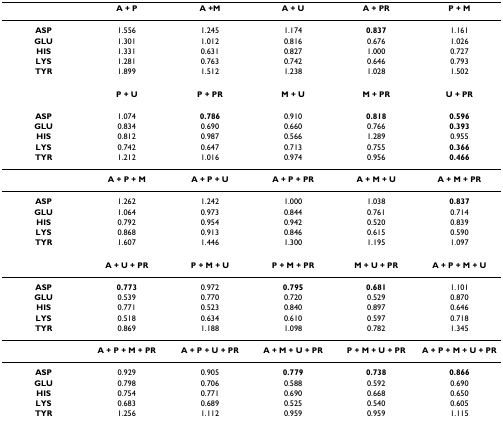
<table><thead><tr><td></td><td><b>A + P</b></td><td><b>A +M</b></td><td><b>A + U</b></td><td><b>A + PR</b></td><td><b>P + M</b></td></tr></thead><tbody><tr><td><b>ASP</b></td><td>1.556</td><td>1.245</td><td>1.174</td><td><b>0.837</b></td><td>1.161</td></tr><tr><td><b>GLU</b></td><td>1.301</td><td>1.012</td><td>0.816</td><td>0.676</td><td>1.026</td></tr><tr><td><b>HIS</b></td><td>1.331</td><td>0.631</td><td>0.827</td><td>1.000</td><td>0.727</td></tr><tr><td><b>LYS</b></td><td>1.281</td><td>0.763</td><td>0.742</td><td>0.646</td><td>0.793</td></tr><tr><td><b>TYR</b></td><td>1.899</td><td>1.512</td><td>1.238</td><td>1.028</td><td>1.502</td></tr><tr><td></td><td><b>P + U</b></td><td><b>P + PR</b></td><td><b>M + U</b></td><td><b>M + PR</b></td><td><b>U + PR</b></td></tr><tr><td><b>ASP</b></td><td>1.074</td><td><b>0.786</b></td><td>0.910</td><td><b>0.818</b></td><td><b>0.596</b></td></tr><tr><td><b>GLU</b></td><td>0.834</td><td>0.690</td><td>0.660</td><td>0.766</td><td><b>0.393</b></td></tr><tr><td><b>HIS</b></td><td>0.812</td><td>0.987</td><td>0.566</td><td>1.289</td><td>0.955</td></tr><tr><td><b>LYS</b></td><td>0.742</td><td>0.647</td><td>0.713</td><td>0.755</td><td><b>0.366</b></td></tr><tr><td><b>TYR</b></td><td>1.212</td><td>1.016</td><td>0.974</td><td>0.956</td><td><b>0.466</b></td></tr><tr><td></td><td><b>A + P + M</b></td><td><b>A + P + U</b></td><td><b>A + P + PR</b></td><td><b>A + M + U</b></td><td><b>A + M + PR</b></td></tr><tr><td><b>ASP</b></td><td>1.262</td><td>1.242</td><td>1.000</td><td>1.038</td><td><b>0.837</b></td></tr><tr><td><b>GLU</b></td><td>1.064</td><td>0.973</td><td>0.844</td><td>0.761</td><td>0.714</td></tr><tr><td><b>HIS</b></td><td>0.792</td><td>0.954</td><td>0.942</td><td>0.520</td><td>0.839</td></tr><tr><td><b>LYS</b></td><td>0.868</td><td>0.913</td><td>0.846</td><td>0.615</td><td>0.590</td></tr><tr><td><b>TYR</b></td><td>1.607</td><td>1.446</td><td>1.300</td><td>1.195</td><td>1.097</td></tr><tr><td></td><td><b>A + U + PR</b></td><td><b>P + M + U</b></td><td><b>P + M + PR</b></td><td><b>M + U + PR</b></td><td><b>A + P + M + U</b></td></tr><tr><td><b>ASP</b></td><td><b>0.773</b></td><td>0.972</td><td><b>0.795</b></td><td><b>0.681</b></td><td>1.101</td></tr><tr><td><b>GLU</b></td><td>0.539</td><td>0.770</td><td>0.720</td><td>0.529</td><td>0.870</td></tr><tr><td><b>HIS</b></td><td>0.771</td><td>0.523</td><td>0.840</td><td>0.897</td><td>0.646</td></tr><tr><td><b>LYS</b></td><td>0.518</td><td>0.634</td><td>0.610</td><td>0.597</td><td>0.718</td></tr><tr><td><b>TYR</b></td><td>0.869</td><td>1.188</td><td>1.098</td><td>0.782</td><td>1.345</td></tr><tr><td></td><td><b>A + P + M + PR</b></td><td><b>A + P + U + PR</b></td><td><b>A + M + U + PR</b></td><td><b>P + M + U + PR</b></td><td><b>A + P + M + U + PR</b></td></tr><tr><td><b>ASP</b></td><td>0.929</td><td>0.905</td><td><b>0.779</b></td><td><b>0.738</b></td><td><b>0.866</b></td></tr><tr><td><b>GLU</b></td><td>0.798</td><td>0.706</td><td>0.588</td><td>0.592</td><td>0.690</td></tr><tr><td><b>HIS</b></td><td>0.754</td><td>0.771</td><td>0.690</td><td>0.668</td><td>0.650</td></tr><tr><td><b>LYS</b></td><td>0.683</td><td>0.689</td><td>0.525</td><td>0.540</td><td>0.605</td></tr><tr><td><b>TYR</b></td><td>1.256</td><td>1.112</td><td>0.959</td><td>0.959</td><td>1.115</td></tr></tbody></table>